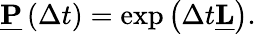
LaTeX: \begin{array}{r}{\underline{{\mathbf{P}}}\left(\Delta t\right)=\exp\left(\Delta t\underline{{\mathbf{L}}}\right)}\end{array}.